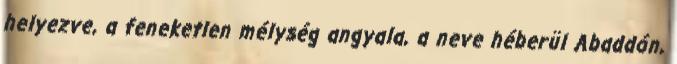
helyezve, a feneketlen mélység angyala, a neve héberül Abaddón,